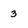
Character: 3